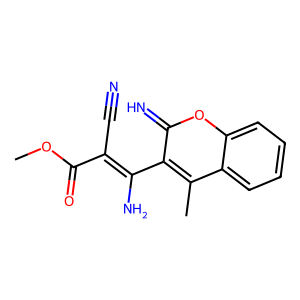
SMILES: COC(=O)C(C#N)=C(N)c1c(C)c2ccccc2oc1=N
Inhibits HIV replication: No